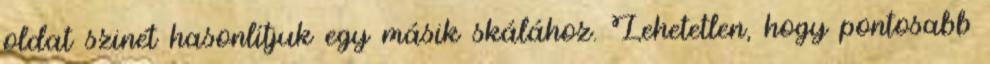
oldat szinét hasonlítjuk egy másik skálához. Lehetetlen, hogy pontosabb